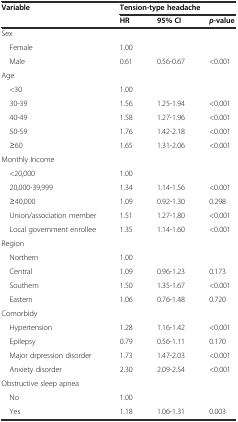
| <ROWSPAN=2> Variable | <COLSPAN=3> Tension-type headache |
 | HR | 95% CI | p-value |
 | --- | --- | --- | --- |
 | Sex |  |  |  |
 | Female | 1.00 |  |  |
 | Male | 0.61 | 0.56-0.67 | <0.001 |
 | Age |  |  |  |
 | <30 | 1.00 |  |  |
 | 30-39 | 1.56 | 1.25-1.94 | <0.001 |
 | 40-49 | 1.58 | 1.27-1.96 | <0.001 |
 | 50-59 | 1.76 | 1.42-2.18 | <0.001 |
 | ≥60 | 1.65 | 1.31-2.06 | <0.001 |
 | Monthly Income |  |  |  |
 | <20,000 | 1.00 |  |  |
 | 20,000-39,999 | 1.34 | 1.14-1.56 | <0.001 |
 | ≥40,000 | 1.09 | 0.92-1.30 | 0.298 |
 | Union/association member | 1.51 | 1.27-1.80 | <0.001 |
 | Local government enrollee | 1.35 | 1.14-1.60 | <0.001 |
 | Region |  |  |  |
 | Northern | 1.00 |  |  |
 | Central | 1.09 | 0.96-1.23 | 0.173 |
 | Southern | 1.50 | 1.35-1.67 | <0.001 |
 | Eastern | 1.06 | 0.76-1.48 | 0.720 |
 | Comorbidy |  |  |  |
 | Hypertension | 1.28 | 1.16-1.42 | <0.001 |
 | Epilepsy | 0.79 | 0.56-1.11 | 0.170 |
 | Major drpression disorder | 1.73 | 1.47-2.03 | <0.001 |
 | Anxiety disorder | 2.30 | 2.09-2.54 | <0.001 |
 | Obstructive sleep apnea |  |  |  |
 | No | 1.00 |  |  |
 | Yes | 1.18 | 1.06-1.31 | 0.003 |